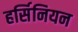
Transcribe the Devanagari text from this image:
हर्सिनियन